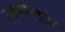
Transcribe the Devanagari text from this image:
ब्राह्मणांकडूनच